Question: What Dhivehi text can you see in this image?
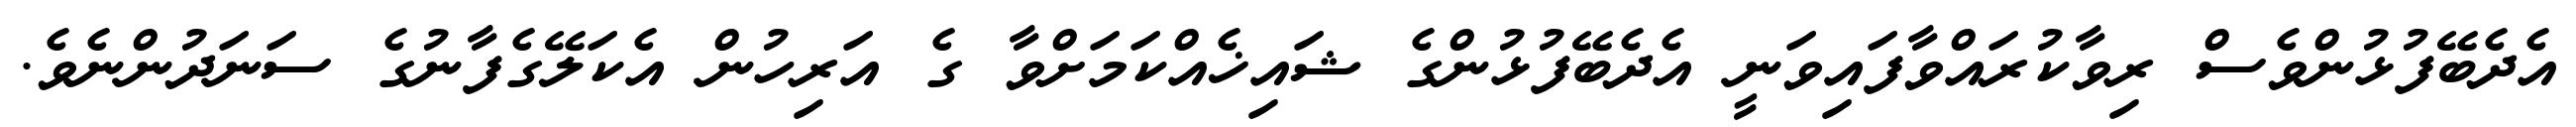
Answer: އެދެބޭފުޅުންވެސް ރިވާކުރައްވާފައިވަނީ އެދެބޭފުޅުންގެ ޝައިޚެއްކަމަށްވާ ގެ އަރިހުން އެކަލޭގެފާނުގެ ސަނަދުންނެވެ.